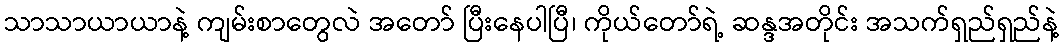
သာသာယာယာနဲ့ ကျမ်းစာတွေလဲ အတော် ပြီးနေပါပြီ၊ ကိုယ်တော်ရဲ့ ဆန္ဒအတိုင်း အသက်ရှည်ရှည်နဲ့